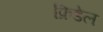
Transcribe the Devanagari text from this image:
फ्रिडेल